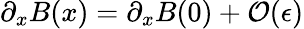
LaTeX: \partial_{x}B(x)=\partial_{x}B(0)+{\mathcal O}({\epsilon})